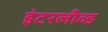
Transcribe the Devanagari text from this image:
इंटरलीव्ड